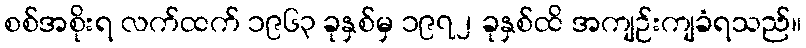
စစ်အစိုးရ လက်ထက် ၁၉၆၃ ခုနှစ်မှ ၁၉၇၂ ခုနှစ်ထိ အကျဉ်းကျခံရသည်။